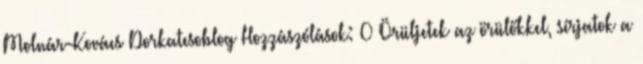
Molnár-Kovács Dorkatesoblog Hozzászólások: 0 Örüljetek az örülőkkel, sírjatok a